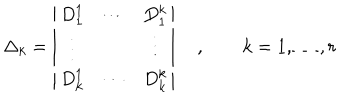
LaTeX: \Delta _ { k } = \left| \begin{array} { c c c } { { D _ { 1 } ^ { 1 } } } & { { \cdots } } & { { D _ { 1 } ^ { k } } } \\ { { \vdots } } & { { } } & { { \vdots } } \\ { { D _ { k } ^ { 1 } } } & { { \cdots } } & { { D _ { k } ^ { k } } } \\ \end{array} \right| \quad , \qquad k = 1 , \ldots , r